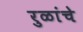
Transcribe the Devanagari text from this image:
रुळांचे